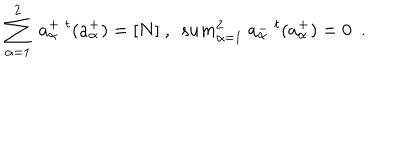
\sum _ { \alpha = 1 } ^ { 2 } \ a _ { \alpha } ^ { + } \ ^ { t } ( a _ { \alpha } ^ { + } ) = [ N ] \ , \ \, s u m _ { \alpha = 1 } ^ { 2 } \ a _ { \alpha } ^ { - } \ ^ { t } ( a _ { \alpha } ^ { + } ) = 0 \ \ .